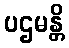
ပဌမန္တိ